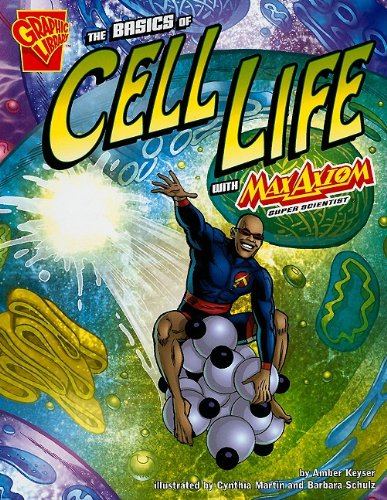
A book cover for The Basics of Cell Life with Max Axiom, Super Scientist (Graphic Science); Amber J Keyser; Medical Books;